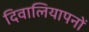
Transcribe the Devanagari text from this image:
दिवालियापनों